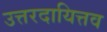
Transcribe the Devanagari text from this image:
उत्तरदायित्तव